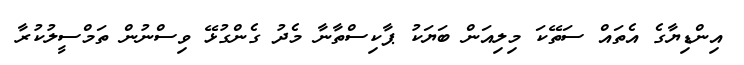
އިންޑިޔާގެ އެތައް ސަތޭކަ މިލިއަން ބަޔަކު ޕާކިސްތާނާ މެދު ގެންގުޅޭ ވިސްނުން ތަމްސީލުކުރާ